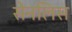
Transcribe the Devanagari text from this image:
सेनलिस